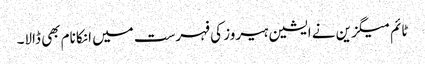
ٹائم میگزین نے ایشین ہیروز کی فہرست میں انکا نام بھی ڈالا۔